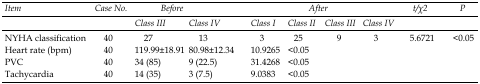
<table><thead><tr><td rowspan="2"><b><i>Item</i></b></td><td rowspan="2"><b><i>Case No.</i></b></td><td colspan="2"><b><i>Before</i></b></td><td colspan="4"><b><i>After</i></b></td><td rowspan="2"><b><i>t/χ</i><sup>2</sup></b></td><td rowspan="2"><b><i>P</i></b></td></tr><tr><td><b><i>Class III</i></b></td><td><b><i>Class IV</i></b></td><td><b><i>Class I</i></b></td><td><b><i>Class II</i></b></td><td><b><i>Class III</i></b></td><td><b><i>Class IV</i></b></td></tr></thead><tbody><tr><td>NYHA classification</td><td>40</td><td>27</td><td>13</td><td>3</td><td>25</td><td>9</td><td>3</td><td>5.6721</td><td>&lt;0.05</td></tr><tr><td>Heart rate (bpm)</td><td>40</td><td colspan="2">119.99±18.91</td><td colspan="4">80.98±12.34</td><td>10.9265</td><td>&lt;0.05</td></tr><tr><td>PVC</td><td>40</td><td colspan="2">34 (85)</td><td colspan="4">9 (22.5)</td><td>31.4268</td><td>&lt;0.05</td></tr></tbody></table>